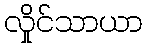
လှိုင်သာယာ